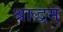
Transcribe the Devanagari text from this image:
श्राद्धम्‌